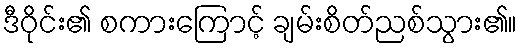
ဒီဝိုင်း၏ စကားကြောင့် ချမ်းစိတ်ညစ်သွား၏။